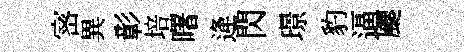
宻異彰培曙逄閃璟豹逼颸